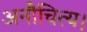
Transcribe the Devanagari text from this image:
अनौचित्य।